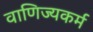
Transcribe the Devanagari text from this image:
वाणिज्यकर्म